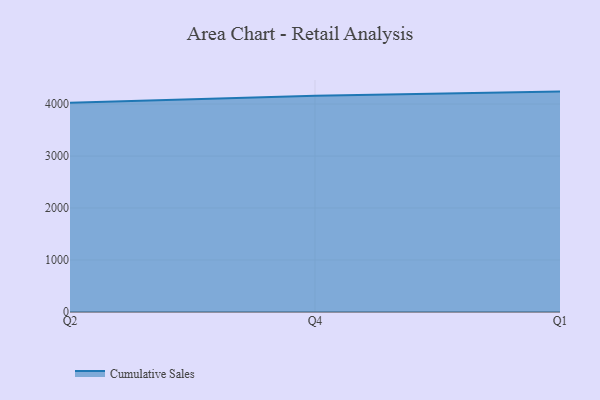
{"axis": {"x": "Quarter", "y": "Active Users"}, "legend": ["Cumulative Sales"], "data": [{"x": "Q2", "y": 4024.9, "type": "Cumulative Sales"}, {"x": "Q4", "y": 4161.6, "type": "Cumulative Sales"}, {"x": "Q1", "y": 4239.6, "type": "Cumulative Sales"}]}